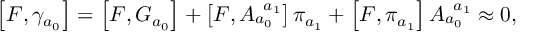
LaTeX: \left[ F , \gamma _ { a _ { 0 } } \right] = \left[ F , G _ { a _ { 0 } } \right] + \left[ F , A _ { a _ { 0 } } ^ { \; \; a _ { 1 } } \right] \pi _ { a _ { 1 } } + \left[ F , \pi _ { a _ { 1 } } \right] A _ { a _ { 0 } } ^ { \; \; a _ { 1 } } \approx 0 ,